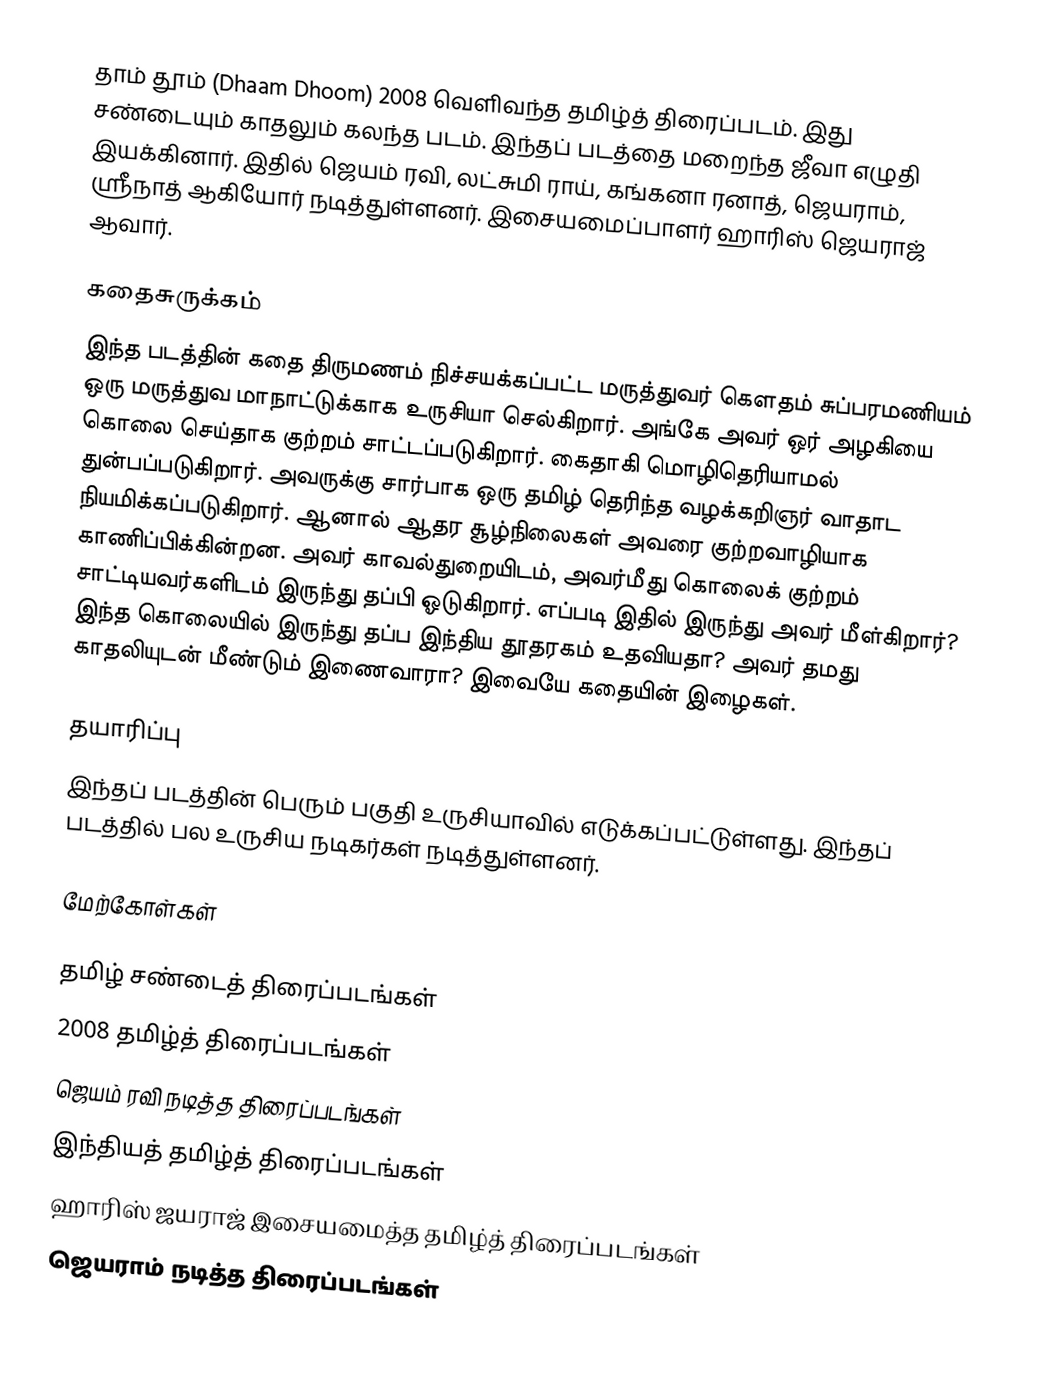
தாம் தூம் (Dhaam Dhoom) 2008 வெளிவந்த தமிழ்த் திரைப்படம்.  இது சண்டையும் காதலும் கலந்த படம்.  இந்தப் படத்தை மறைந்த ஜீவா எழுதி இயக்கினார்.  இதில் ஜெயம் ரவி, லட்சுமி ராய், கங்கனா ரனாத், ஜெயராம், ஸ்ரீநாத் ஆகியோர் நடித்துள்ளனர். இசையமைப்பாளர் ஹாரிஸ் ஜெயராஜ் ஆவார்.

கதைசுருக்கம்
இந்த படத்தின் கதை திருமணம் நிச்சயக்கப்பட்ட மருத்துவர் கெளதம் சுப்பரமணியம் ஒரு மருத்துவ மாநாட்டுக்காக உருசியா செல்கிறார்.  அங்கே அவர் ஒர் அழகியை கொலை செய்தாக குற்றம் சாட்டப்படுகிறார்.  கைதாகி மொழிதெரியாமல் துன்பப்படுகிறார்.  அவருக்கு சார்பாக ஒரு தமிழ் தெரிந்த வழக்கறிஞர் வாதாட நியமிக்கப்படுகிறார்.  ஆனால் ஆதர சூழ்நிலைகள் அவரை குற்றவாழியாக காணிப்பிக்கின்றன.  அவர் காவல்துறையிடம், அவர்மீது கொலைக் குற்றம் சாட்டியவர்களிடம் இருந்து தப்பி ஓடுகிறார்.  எப்படி இதில் இருந்து அவர் மீள்கிறார்?  இந்த கொலையில் இருந்து தப்ப இந்திய தூதரகம் உதவியதா?  அவர் தமது காதலியுடன் மீண்டும் இணைவாரா?  இவையே கதையின் இழைகள்.

தயாரிப்பு
இந்தப் படத்தின் பெரும் பகுதி உருசியாவில் எடுக்கப்பட்டுள்ளது.  இந்தப் படத்தில் பல உருசிய நடிகர்கள் நடித்துள்ளனர்.

மேற்கோள்கள்

தமிழ் சண்டைத் திரைப்படங்கள்
2008 தமிழ்த் திரைப்படங்கள்
ஜெயம் ரவி நடித்த திரைப்படங்கள்
இந்தியத் தமிழ்த் திரைப்படங்கள்
ஹாரிஸ் ஜயராஜ் இசையமைத்த தமிழ்த் திரைப்படங்கள்
ஜெயராம் நடித்த திரைப்படங்கள்